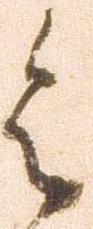
令